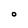
Character: O